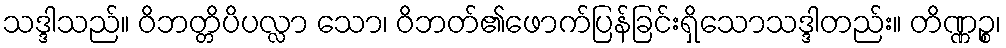
သဒ္ဒါသည်။ ဝိဘတ္တိပိပလ္လာ သော၊ ဝိဘတ်၏ဖောက်ပြန်ခြင်းရှိသောသဒ္ဒါတည်း။ တိဏ္ဏဉ္စ၊